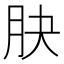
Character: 䏐